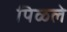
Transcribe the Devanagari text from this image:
पिळले